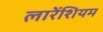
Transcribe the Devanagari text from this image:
लारेंशियम